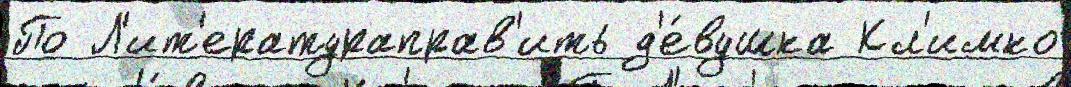
По Л'ит'ератураправ'ить д'е́вушка Кл'имко